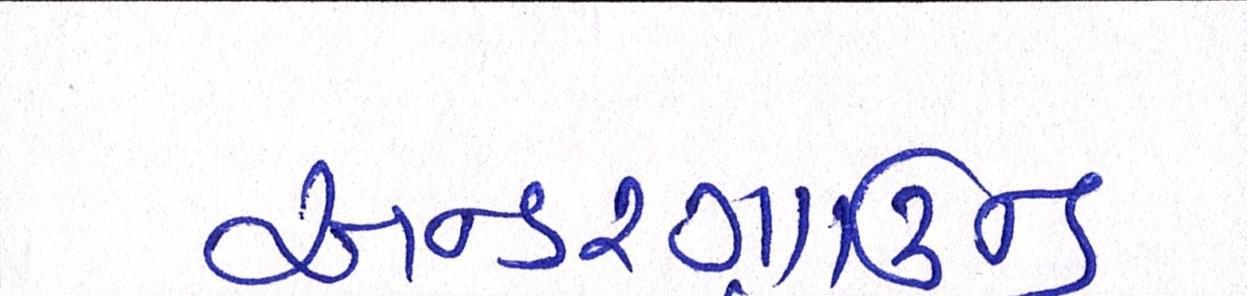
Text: અન્ડરગ્રાઉન્ડ